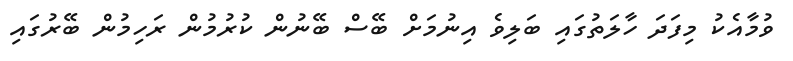
ވުމާއެކު މިފަދަ ހާލަތުގައި ބަލިވެ އިނުމަށް ބޭސް ބޭނުން ކުރުމުން ރަހިމުން ބޭރުގައި